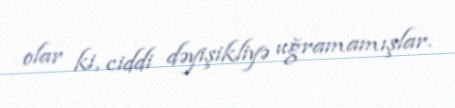
olar ki, ciddi dəyişikliyə uğramamışlar.